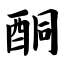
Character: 酮